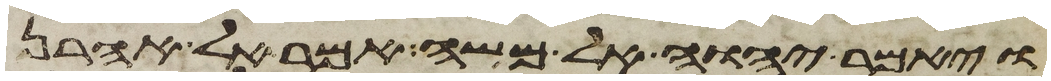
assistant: ויאמר יהוה אל משה אמר אל אהרן